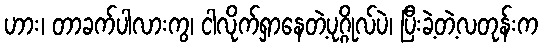
ဟား၊ တာခက်ပါလားကွ၊ ငါလိုက်ရှာနေတဲ့ပုဂ္ဂိုလ်ပဲ၊ ပြီးခဲ့တဲ့လတုန်းက